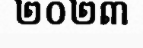
២០២៣